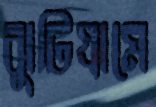
ঝুটিগ্রামে